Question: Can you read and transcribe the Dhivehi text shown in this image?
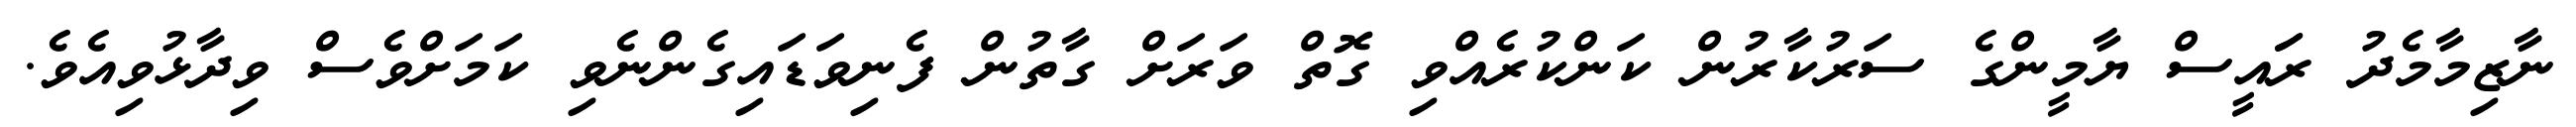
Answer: ނާޒިމާމެދު ރަައީސް ޔާމީންގެ ސަރުކާރުން ކަންކުރެއްވި ގޮތް ވަރަށް ގާތުން ފެނިވަޑައިގެންނެވި ކަމަށްވެސް ވިދާޅުވިއެވެ.